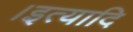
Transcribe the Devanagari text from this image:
।इत्यादि